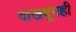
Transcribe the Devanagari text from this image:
दाखवूनही